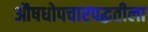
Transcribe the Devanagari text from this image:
औषधोपचारपद्धतीला